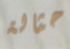
حثالة